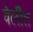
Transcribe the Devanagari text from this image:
वेलीत